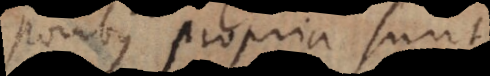
temporibus propria sunt,